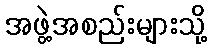
အဖွဲ့အစည်းများသို့